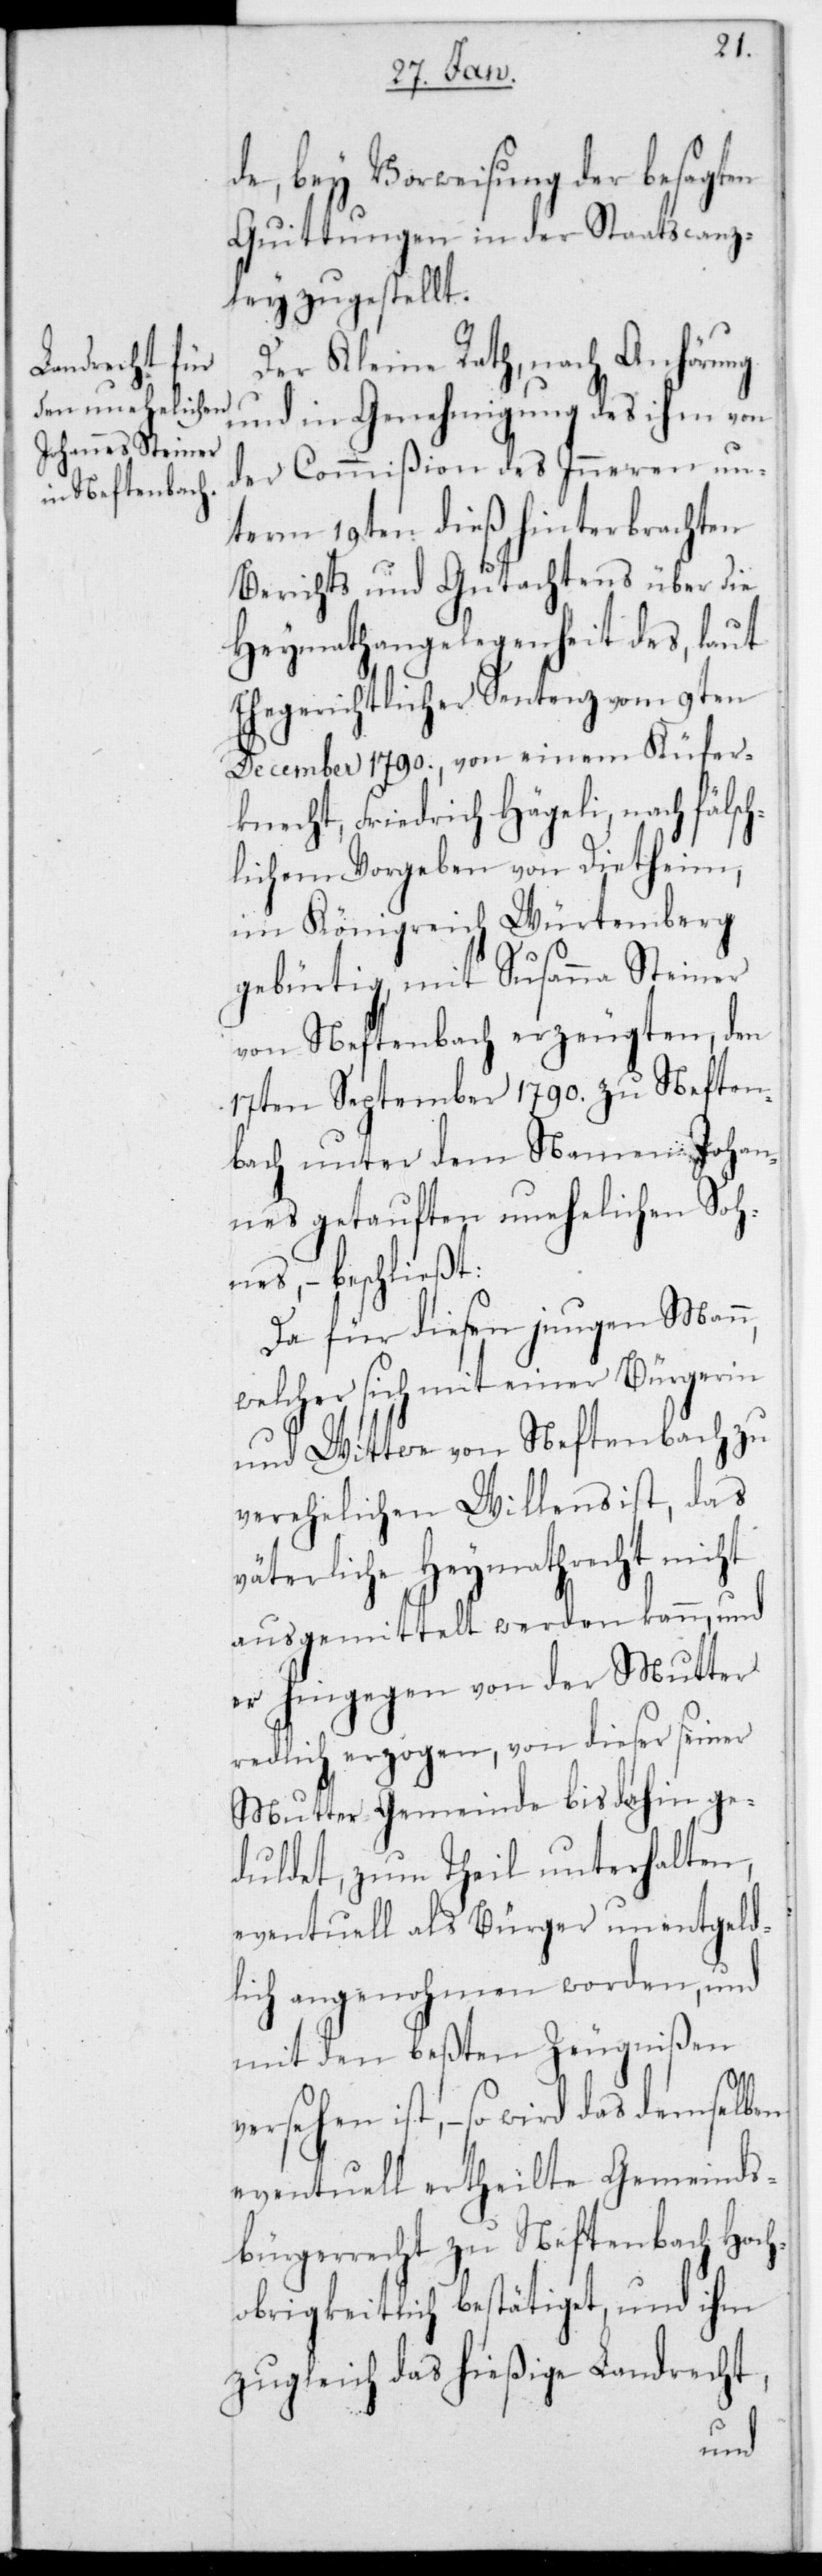
de, bey Vorweisung der besagten
Quittungen in der Staatscanz¬
ley zugestellt.
Der Kleine Rath, nach Anhörung
und in Genehmigung des ihm von
der Commißion des Inneren un¬
term 19ten dieß hinterbrachten
Berichts und Gutachtens über die
Heymathangelegenheit des, laut
Ehegerichtlicher Sentenz vom 9ten
December 1790., von einem Küfer¬
knecht, Friedrich Hägeli, nach fälsc¬
hlichem Vorgeben von Dietheim
im Königreich Würtemberg,
gebürtig, mit Susanna Steiner
von Neftenbach erzeugten, den
17ten September 1790. zu Neften¬
bach unter dem Namen Johan¬
nes getauften unehelichen Soh¬
nes, – beschließt:
Da für diesen jungen Mann,
welcher sich mit einer Bürgerin
und Wittwe von Neftenbach zu
verehelichen Willens ist, das
väterliche Heymathrecht nicht
ausgemittelt werden kann, und
er hingegen von der Mutter
redlich erzogen, von dieser seiner
Mutter-Gemeinde bis dahin ge¬
duldet, zum Theil unterhalten,
eventuell als Bürger unentgeld¬
lich angenohmen worden, und
mit den beßten Zeugnißen
versehen ist, – so wird das demselben
eventuell ertheilte Gemeinds¬
bürgerrecht zu Neftenbach Hoch¬
obrigkeitlich bestätiget, und ihm
zugleich das hießige Landrecht,